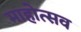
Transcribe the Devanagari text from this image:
माहोत्सव